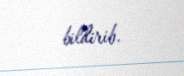
bildirib.